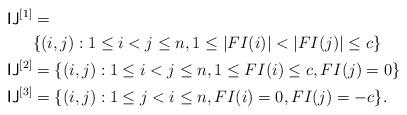
LaTeX: \begin{align*}{\sf IJ}^{[1]}&= \\&\{(i,j): 1\leq i< j\leq n, 1\leq|FI(i)|<|FI(j)| \leq c\}\\{\sf IJ}^{[2]}&= \{(i,j): 1\leq i<j \leq n, 1\leq FI(i)\leq c,FI(j)=0\}\\{\sf IJ}^{[3]}&= \{(i,j): 1\leq j<i \leq n, FI(i)=0, FI(j)=-c\}.\end{align*}